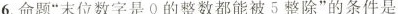
6.命题”末位数字是0的整数都能被5整除”的条件是